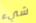
شيء